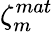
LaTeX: \zeta_{m}^{mat}